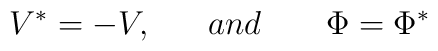
V^{*} = - V , ~~~~~and ~~~~~~ \Phi = \Phi^{*}